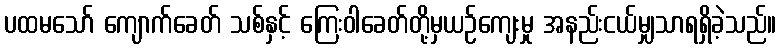
ပထမသော် ကျောက်ခေတ် သစ်နှင့် ကြေးဝါခေတ်တို့မှယဉ်ကျေးမှု အနည်းငယ်မျှသာရရှိခဲ့သည်။